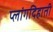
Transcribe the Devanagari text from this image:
प्लांगदिहाती